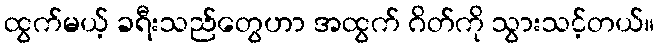
ထွက်မယ့် ခရီးသည်တွေဟာ အထွက် ဂိတ်ကို သွားသင့်တယ်။